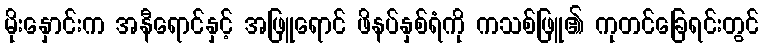
မိုးနှောင်းက အနီရောင်နှင့် အဖြူရောင် ဖိနပ်နှစ်ရံကို ကသစ်ဖြူ၏ ကုတင်ခြေရင်းတွင်